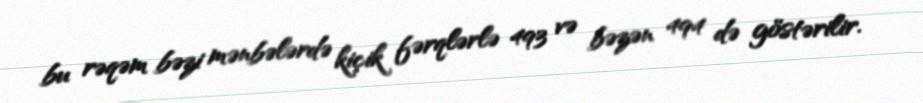
bu rəqəm bəzi mənbələrdə kiçik fərqlərlə 493 və bəzən 494 də göstərilir.